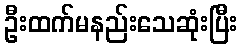
ဦးထက်မနည်းသေဆုံးပြီး